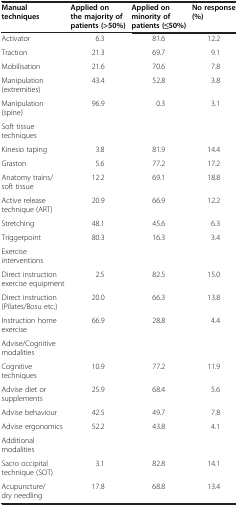
| Manual techniques | Applied on the majority of patients (>50%) | Applied on minority of patients (≤50%) | No response (%) |
 | --- | --- | --- | --- |
 | Activator | 6.3 | 81.6 | 12.2 |
 | Traction | 21.3 | 69.7 | 9.1 |
 | Mobilisation | 21.6 | 70.6 | 7.8 |
 | Manipulation (extremities) | 43.4 | 52.8 | 3.8 |
 | Manipulation (spine) | 96.9 | 0.3 | 3.1 |
 | Soft tissue techniques |  |  |  |
 | Kinesio taping | 3.8 | 81.9 | 14.4 |
 | Graston | 5.6 | 77.2 | 17.2 |
 | Anatomy trains/soft tissue | 12.2 | 69.1 | 18.8 |
 | Active release technique (ART) | 20.9 | 66.9 | 12.2 |
 | Stretching | 48.1 | 45.6 | 6.3 |
 | Triggerpoint | 80.3 | 16.3 | 3.4 |
 | Exercise interventions |  |  |  |
 | Direct instruction exercise equipment | 2.5 | 82.5 | 15.0 |
 | Direct instruction (Pilates/Bosu etc.) | 20.0 | 66.3 | 13.8 |
 | Instruction home exercise | 66.9 | 28.8 | 4.4 |
 | Advise/Cognitive modalities |  |  |  |
 | Cognitive techniques | 10.9 | 77.2 | 11.9 |
 | Advise diet or supplements | 25.9 | 68.4 | 5.6 |
 | Advise behaviour | 42.5 | 49.7 | 7.8 |
 | Advise ergonomics | 52.2 | 43.8 | 4.1 |
 | Additional modalities |  |  |  |
 | Sacro occipital technique (SOT) | 3.1 | 82.8 | 14.1 |
 | Acupuncture/dry needling | 17.8 | 68.8 | 13.4 |